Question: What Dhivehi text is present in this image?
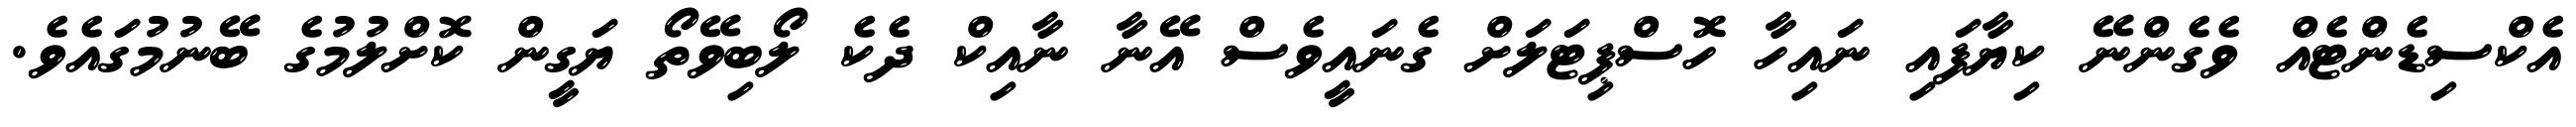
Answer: އެކްސިޑެންޓެއް ވެގެންނޭ ކިޔާފައި ނައިހާ ހޮސްޕިޓަލަށް ގެނައީވެސް އޭނާ ނާއިކް ދެކެ ލޯބިވޭތޯ ޔަގީން ކޮށްލުމުގެ ބޭނުމުގައެވެ.